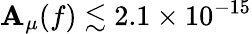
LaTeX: \mathbf{A}_{\mu}(f)\lesssim2.1\times10^{-15}